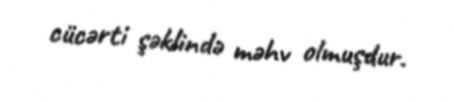
cücərti şəklində məhv olmuşdur.